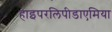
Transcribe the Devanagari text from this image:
हाइपरलिपीडाएमिया